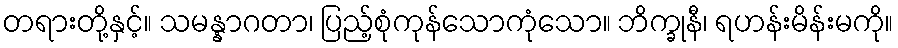
တရားတို့နှင့်။ သမန္နာဂတာ၊ ပြည့်စုံကုန်သောကုံသော။ ဘိက္ခုနီ၊ ရဟန်းမိန်းမကို။